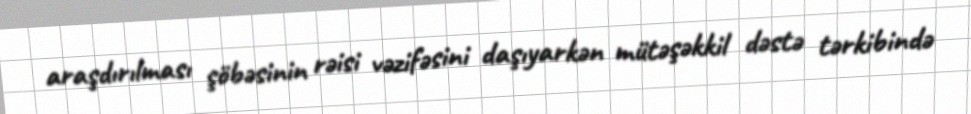
araşdırılması şöbəsinin rəisi vəzifəsini daşıyarkən mütəşəkkil dəstə tərkibində